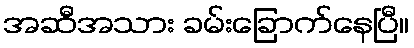
အဆီအသား ခမ်းခြောက်နေပြီ။